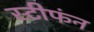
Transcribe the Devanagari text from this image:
स्टीफंन